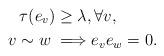
LaTeX: \begin{align*} \tau(e_v) \ge \lambda, &\, \forall v,\\ v \sim w \implies & e_ve_w =0.\end{align*}